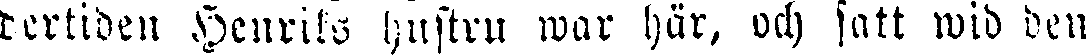
dertiden Henriks hustru war här, och satt wid den